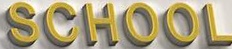
SCHOOL